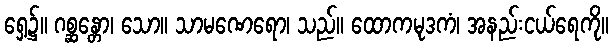
ရှေ့၌။ ဂစ္ဆန္တော၊ သော။ သာမဏေရော၊ သည်။ ထောကမုဒကံ၊ အနည်းငယ်ရေကို။